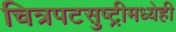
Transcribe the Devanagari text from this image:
चित्रपटसुष्ट्रीमध्येही